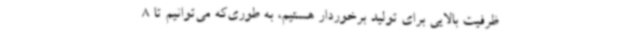
ظرفیت بالایی برای تولید برخوردار هستیم، به طوری‌که می‌توانیم تا 8